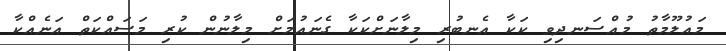
މައުލޫމާތު މުއްސަނދިވި ކަކާ އެނބުރި މިލާނަށްކަކާ ގެނައުމަށް މިލާނުން ކުރި މަސައްކަތް އަނެއްކާ